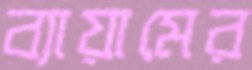
ব্যায়ামের